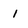
Character: 1